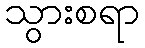
သွားစရာ